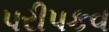
પરીપકવ